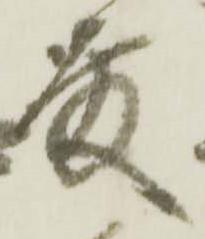
殿